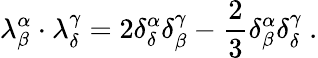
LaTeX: \lambda_{\beta}^{\alpha}\cdot\lambda_{\delta}^{\gamma}=2\delta_{\delta}^{\alpha}\delta_{\beta}^{\gamma}-{\frac{2}{3}}\delta_{\beta}^{\alpha}\delta_{\delta}^{\gamma}~.